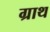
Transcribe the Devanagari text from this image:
ग्राथ